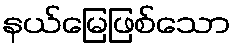
နယ်မြေဖြစ်သော